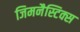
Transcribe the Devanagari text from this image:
जिमनैस्टिक्स